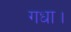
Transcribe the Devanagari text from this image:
गधा।